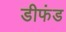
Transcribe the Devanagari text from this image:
डीफंड